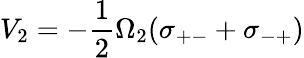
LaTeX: V_{2}=-\frac{1}{2}\Omega_{2}(\sigma_{+-}+\sigma_{-+})